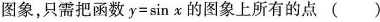
图象，只需把函数$$ y = \sin x$$ 的图象上所有的点( )